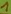
Text: 1